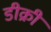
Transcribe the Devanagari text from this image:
डीक्री